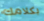
بكلامك